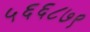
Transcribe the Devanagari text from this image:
५६६८७९